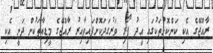
ރާއްޖޭގެ އެކި ކަންކޮޅުތަކުގައި އީދު ފޯރި ވަރުގަދަކޮށްފައިވާއިރު ރާއްޖޭގެ މީޑިއާތަކުން ދަނީ އެކި